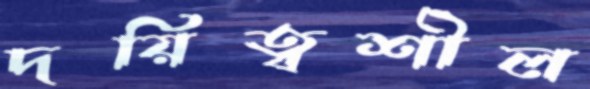
দয়িত্বশীল